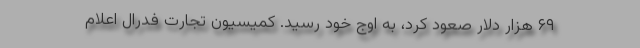
۶۹ هزار دلار صعود کرد، به اوج خود رسید. کمیسیون تجارت فدرال اعلام